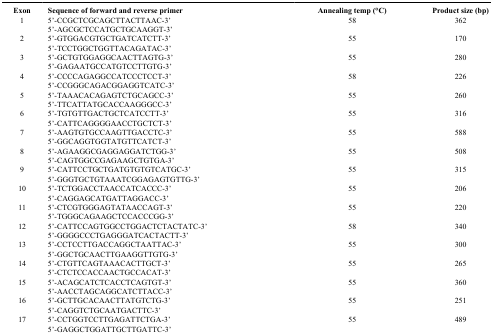
<table><thead><tr><td><b>Exon</b></td><td><b>Sequence of forward and reverse primer</b></td><td><b>Annealing temp (°C)</b></td><td><b>Product size (bp)</b></td></tr></thead><tbody><tr><td>1</td><td>5’-CCGCTCGCAGCTTACTTAAC-3’</td><td>58</td><td>362</td></tr><tr><td> </td><td>5’-AGCGCTCCATGCTGCAAGGT-3’</td><td> </td><td> </td></tr><tr><td>2</td><td>5’-GTGGACGTGCTGATCATCTT-3’</td><td>55</td><td>170</td></tr><tr><td> </td><td>5’-TCCTGGCTGGTTACAGATAC-3’</td><td> </td><td> </td></tr><tr><td>3</td><td>5’-GCTGTGGAGGCAACTTAGTG-3’</td><td>55</td><td>280</td></tr><tr><td> </td><td>5’-GAGAATGCCATGTCCTTGTG-3’</td><td> </td><td> </td></tr><tr><td>4</td><td>5’-CCCCAGAGGCCATCCCTCCT-3’</td><td>58</td><td>226</td></tr><tr><td> </td><td>5’-CCGGGCAGACGGAGGTCATC-3’</td><td> </td><td> </td></tr><tr><td>5</td><td>5’-TAAACACAGAGTCTGCAGCC-3’</td><td>55</td><td>260</td></tr><tr><td> </td><td>5’-TTCATTATGCACCAAGGGCC-3’</td><td> </td><td> </td></tr><tr><td>6</td><td>5’-TGTGTTGACTGCTCATCCTT-3’</td><td>55</td><td>316</td></tr><tr><td> </td><td>5’-CATTCAGGGGAACCTGCTCT-3’</td><td> </td><td> </td></tr><tr><td>7</td><td>5’-AAGTGTGCCAAGTTGACCTC-3’</td><td>55</td><td>588</td></tr><tr><td> </td><td>5’-GGCAGGTGGTATGTTCATCT-3’</td><td> </td><td> </td></tr><tr><td>8</td><td>5’-AGAAGGCGAGGAGGATCTGG-3’</td><td>55</td><td>508</td></tr><tr><td> </td><td>5’-CAGTGGCCGAGAAGCTGTGA-3’</td><td> </td><td> </td></tr><tr><td>9</td><td>5’-CATTCCTGCTGATGTGTGTCATGC-3’</td><td>55</td><td>315</td></tr><tr><td> </td><td>5’-GGGTGCTGTAAATCGGAGAGTGTTG-3’</td><td> </td><td> </td></tr><tr><td>10</td><td>5’-TCTGGACCTAACCATCACCC-3’</td><td>55</td><td>206</td></tr><tr><td> </td><td>5’-CAGGAGCATGATTAGGACC-3’</td><td> </td><td> </td></tr><tr><td>11</td><td>5’-CTCGTGGGAGTATAACCAGT-3’</td><td>55</td><td>220</td></tr><tr><td> </td><td>5’-TGGGCAGAAGCTCCACCCGG-3’</td><td> </td><td> </td></tr><tr><td>12</td><td>5’-CATTCCAGTGGCCTGGACTCTACTATC-3’</td><td>58</td><td>340</td></tr><tr><td> </td><td>5’-GGGGCCCTGAGGGATCACTACTT-3’</td><td> </td><td> </td></tr><tr><td>13</td><td>5’-CCTCCTTGACCAGGCTAATTAC-3’</td><td>55</td><td>300</td></tr><tr><td> </td><td>5’-GGCTGCAACTTGAAGGTTGTG-3’</td><td> </td><td> </td></tr><tr><td>14</td><td>5’-CTGTTCAGTAAACACTTGCT-3’</td><td>55</td><td>265</td></tr><tr><td> </td><td>5’-CTCTCCACCAACTGCCACAT-3’</td><td> </td><td> </td></tr><tr><td>15</td><td>5’-ACAGCATCTCACCTCAGTGT-3’</td><td>55</td><td>360</td></tr><tr><td> </td><td>5’-AACCTAGCAGGCATCTTACC-3’</td><td> </td><td> </td></tr><tr><td>16</td><td>5’-GCTTGCACAACTTATGTCTG-3’</td><td>55</td><td>251</td></tr><tr><td> </td><td>5’-CAGGTCTGCAATGACTTC-3’</td><td> </td><td> </td></tr><tr><td>17</td><td>5’-CCTGGTCCTTGAGATTCTGA-3’</td><td>55</td><td>489</td></tr><tr><td> </td><td>5’-GAGGCTGGATTGCTTGATTC-3’</td><td> </td><td> </td></tr></tbody></table>